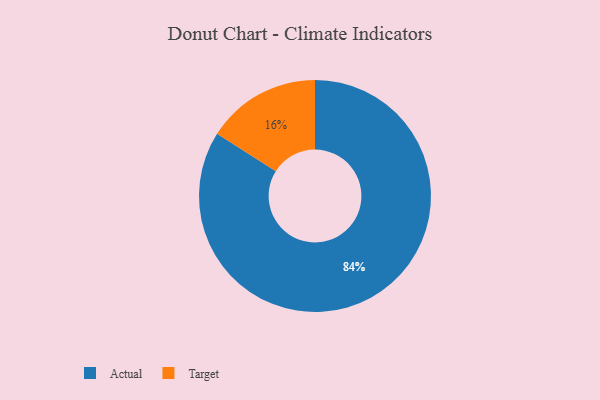
{"axis": {"x": "Category", "y": "Percentage"}, "legend": ["Actual", "Target"], "data": [{"x": "Target", "y": 16, "type": "Target"}, {"x": "Actual", "y": 84, "type": "Actual"}]}